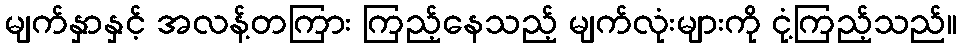
မျက်နှာနှင့် အလန့်တကြား ကြည့်နေသည့် မျက်လုံးများကို ငုံ့ကြည့်သည်။